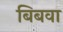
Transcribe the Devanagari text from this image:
बिबवा